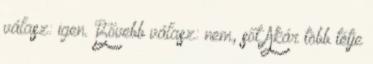
válasz: igen. Bővebb válasz: nem, sőt Akár több tétje